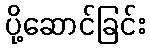
ပို့ဆောင်ခြင်း